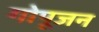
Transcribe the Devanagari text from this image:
गोपूजन